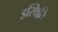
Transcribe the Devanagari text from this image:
इस्थिति